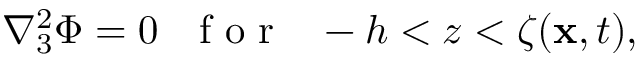
\nabla _ { 3 } ^ { 2 } \Phi = 0 ~ ~ \textrm { f o r } ~ ~ - h < z < \zeta ( \mathbf { x } , t ) ,